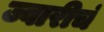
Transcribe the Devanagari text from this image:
ज्वारीचं